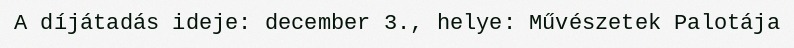
A díjátadás ideje: december 3., helye: Művészetek Palotája